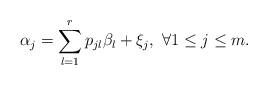
LaTeX: \begin{align*}\alpha_{j}=\sum_{l=1}^{r}p_{jl}\beta_{l}+\xi_{j},\ \forall 1\leq j\leq m.\end{align*}